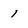
Character: 1